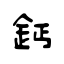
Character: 鈣